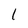
Character: l